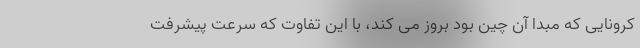
کرونایی که مبدا آن چین بود بروز می کند، با این تفاوت که سرعت پیشرفت